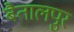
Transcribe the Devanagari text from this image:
बैतालपुर